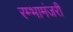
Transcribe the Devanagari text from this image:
रम्भामंजरी